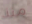
منذ